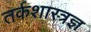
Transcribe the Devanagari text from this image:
तर्कशास्त्रज्ञ